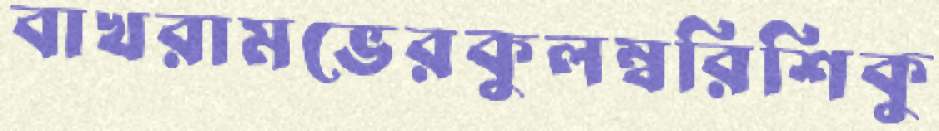
বাখরামভেরকুলম্বরিশিকু